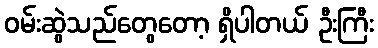
ဝမ်းဆွဲသည်တွေတော့ ရှိပါတယ် ဦးကြီး